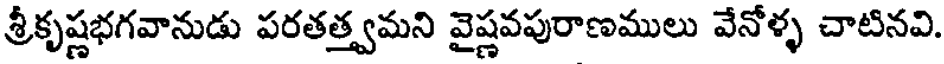
శ్రీకృష్ణభగవానుడు పరతత్త్వమని వైష్ణవపురాణములు వేనోళ్ళ చాటినవి.